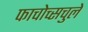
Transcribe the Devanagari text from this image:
फाचोच्सचुले